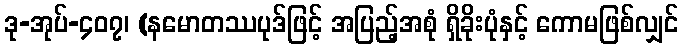
ဒု-အုပ်-၄၀၇၊ (နမောတဿပုဒ်ဖြင့် အပြည့်အစုံ ရှိခိုးပုံနှင့် ကောမဖြစ်လျှင်